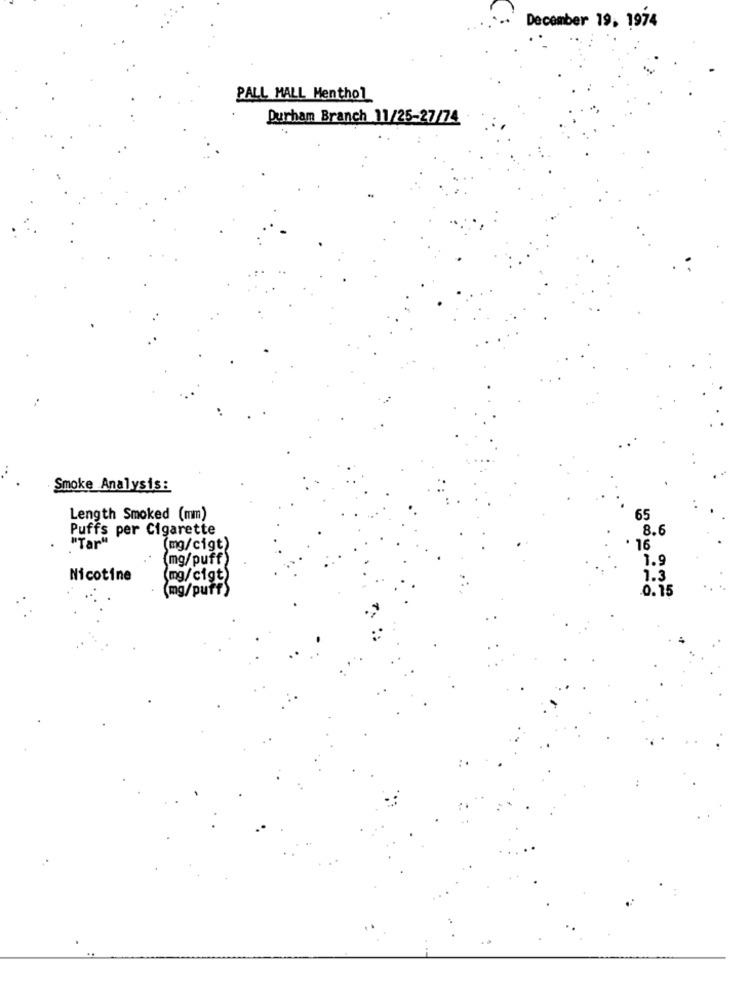
December 19, 1974
PALL MALL Menthol
Durham Branch 11/25-27/74
Smoke Analysis:
Length Smoked (mm)
65
Puffs per Cigarette
8.6
"Tar"
(mg/cigt)
16
(mg/puff)
1.9
Nicotine
(mg/cigt)
1.3
(mg/puff)
0.15